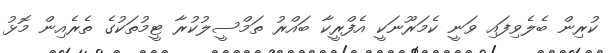
ކުރިން ބެލެވިފައި ވަނީ ކެމަރޫނަކީ އެފްރީކާ ބައްރު ތަމްސީލުކުރާ ޓީމުތަކުގެ ތެރެއިން މޮޅު